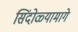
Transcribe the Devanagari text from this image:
सिंदोळ्यामागे